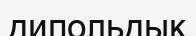
дипольдық